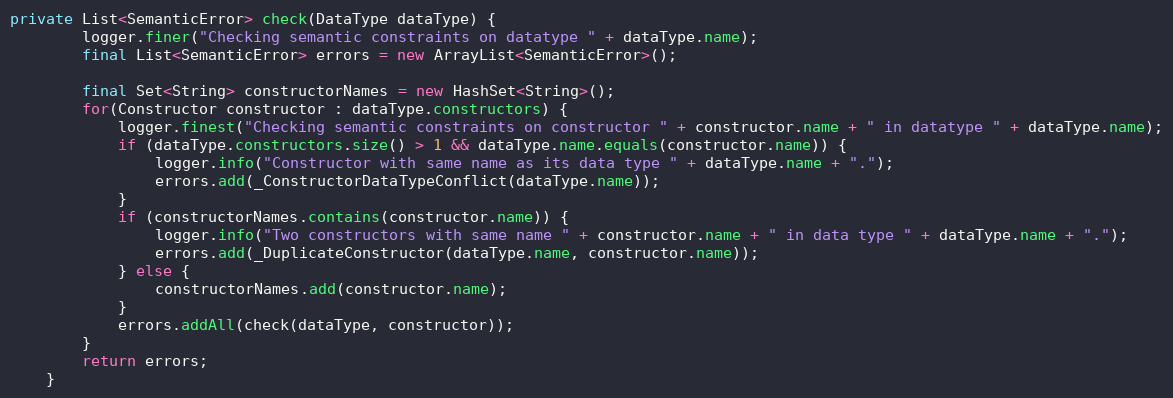
Language: Java
private List<SemanticError> check(DataType dataType) {
    	logger.finer("Checking semantic constraints on datatype " + dataType.name);
        final List<SemanticError> errors = new ArrayList<SemanticError>();

        final Set<String> constructorNames = new HashSet<String>();
        for(Constructor constructor : dataType.constructors) {
        	logger.finest("Checking semantic constraints on constructor " + constructor.name + " in datatype " + dataType.name);
            if (dataType.constructors.size() > 1 && dataType.name.equals(constructor.name)) {
            	logger.info("Constructor with same name as its data type " + dataType.name + ".");
                errors.add(_ConstructorDataTypeConflict(dataType.name));
            }
            if (constructorNames.contains(constructor.name)) {
            	logger.info("Two constructors with same name " + constructor.name + " in data type " + dataType.name + ".");
                errors.add(_DuplicateConstructor(dataType.name, constructor.name));
            } else {
                constructorNames.add(constructor.name);
            }
            errors.addAll(check(dataType, constructor));
        }
        return errors;
    }